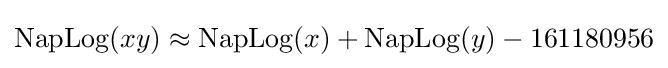
\mathrm {NapLog} (xy)\approx \mathrm {NapLog} (x)+\mathrm {NapLog} (y)-161180956